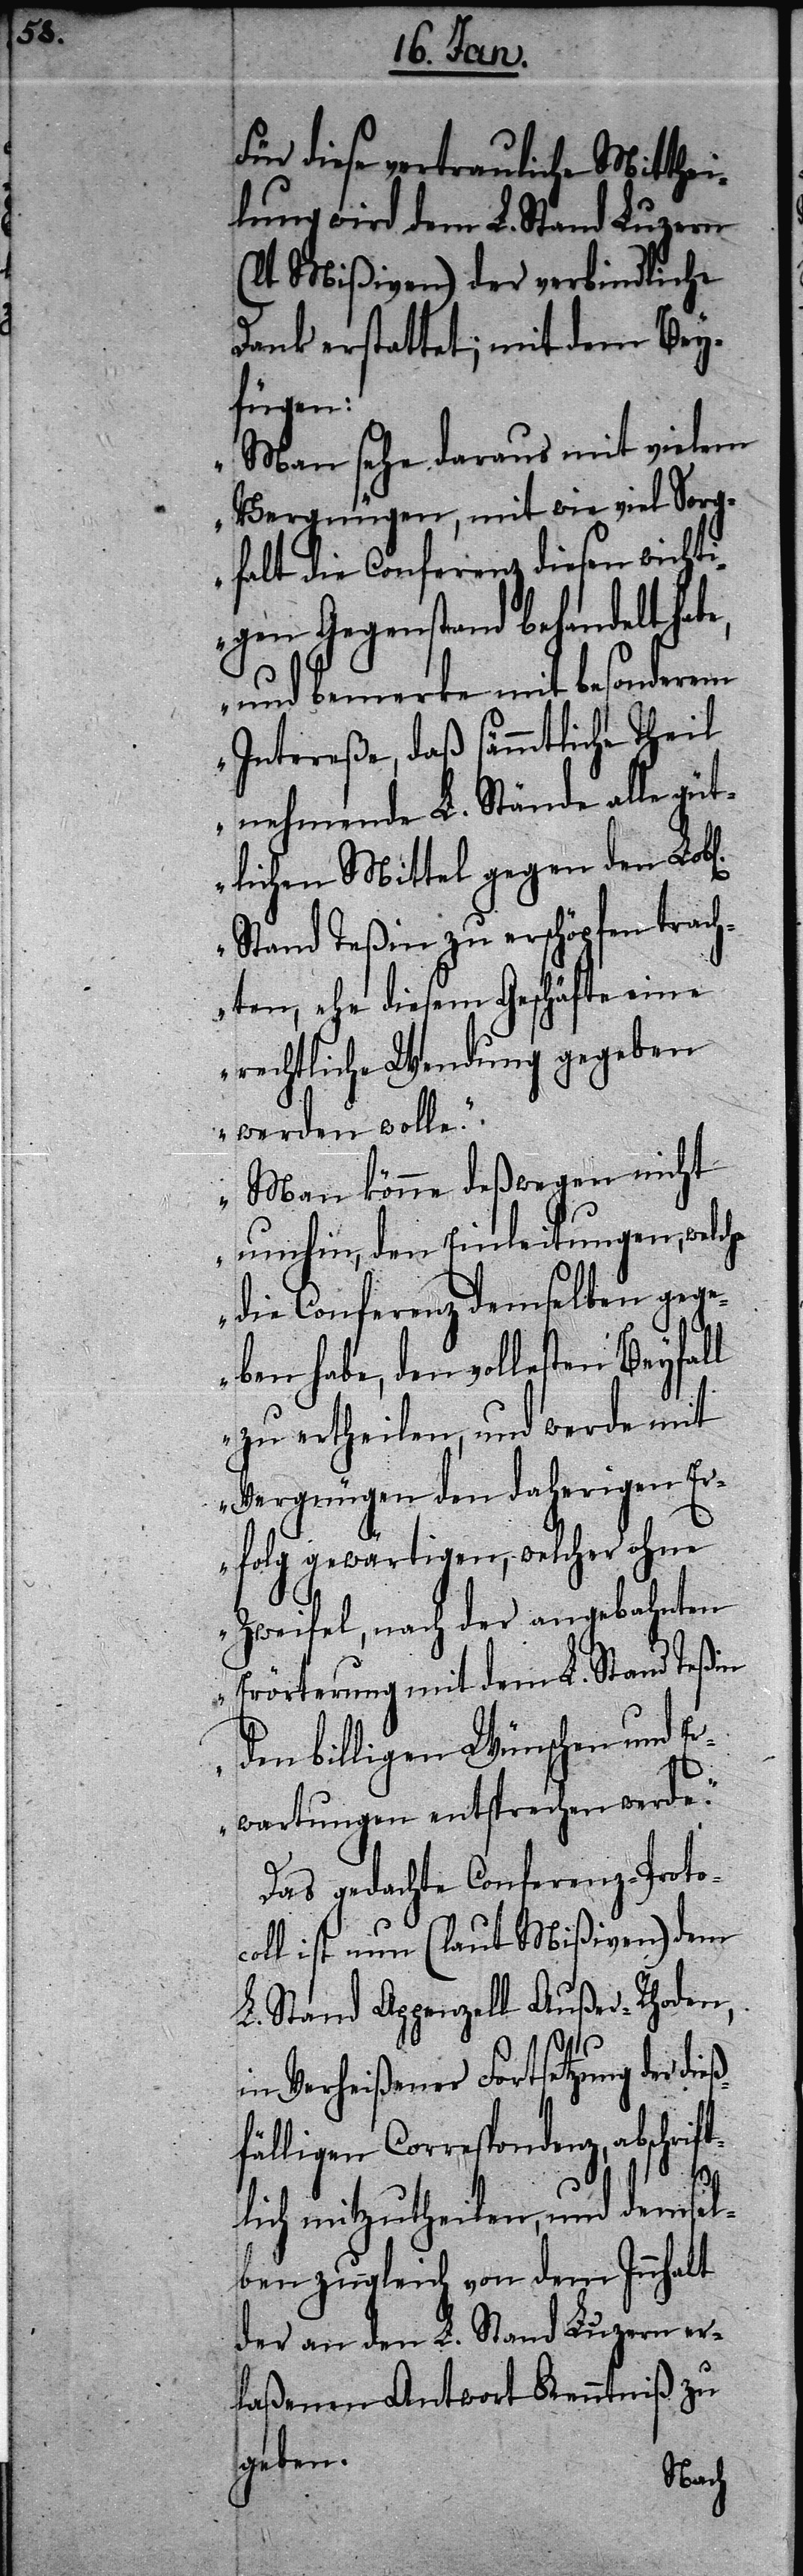
Für diese vertrauliche Mitthei¬
lung wird dem L. Stand Luzern
(lt Mißiven) der verbindliche
Dank erstattet; mit dem Bey¬
fügen:
„Man sehe daraus mit vielem
Vergnügen, mit wie viel Sorg¬
falt die Conferenz diesen wicht¬
igen Gegenstand behandelt habe,
und bemerke mit besonderem
Intereße, daß sämmtliche Theil
nehmende L. Stände alle güt¬
lichen Mittel gegen den Lob[l¬
Stand Teßin zu erschöpfen trach¬
ten, ehe diesem Geschäfte eine
rechtliche Wendung gegeben
werden wolle.“
„Man könne deßwegen nicht
umhin, den Einleitungen, welche
die Conferenz demselben geg¬
eben habe, den vollesten Beyfall
zu ertheilen, und werde mit
Vergnügen den daherigen Er¬
folg gewärtigen, welcher ohne
Zweifel, nach der angebahnten
Erörterung mit dem L. Stand Teßin
den billigen Wünschen und E¬
rwartungen entsprechen werde.“
Das gedachte Conferenz-Protoc¬
oll ist nun (laut Mißiven) dem
L. Stand Appenzell Außer-Rhoden,
in Verheißener Fortsetzung der di¬
fälligen Correspondenz, abschrif¬
eß¬
tlich mitzutheilen, und demsel¬
ben zugleich von dem Innhalt
der an den L. Stand Luzern er¬
laßenen Antwort Kenntniß zu
geben.